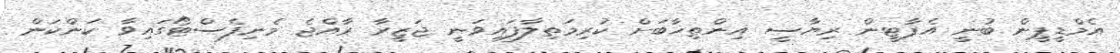
އެމްޑީޕީން ބުނީ އެޕާޓީން ރިޔާސީ އިންތިޚާބަށް ކުރިމަތިލާފައިވަނީ ޖަޒީރާ ރާއްޖެ މެނިފެސްޓޯގައިވާ ކަންކަން